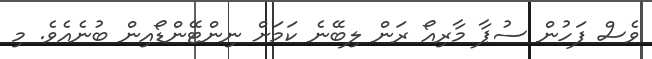
ވެސް ފަހުން ސުޕާ މާރިއޯ ރަން ލިބޭނެ ކަމަށް ނިންޓޭންޑޯއިން ބުނެއެވެ. މި